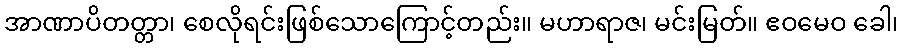
အာဏာပိတတ္တာ၊ စေလိုရင်းဖြစ်သောကြောင့်တည်း။ မဟာရာဇ၊ မင်းမြတ်။ ဧဝမေဝ ခေါ၊